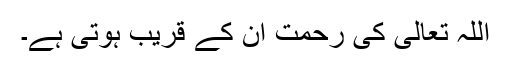
اللہ تعالیٰ کی رحمت ان کے قریب ہوتی ہے۔